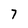
Character: 7